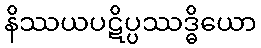
နိဿယပဋိပ္ပဿဒ္ဓိယော